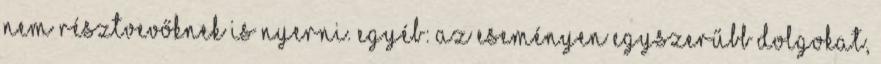
nem résztvevőknek is nyerni. Egyéb: az eseményen egyszerűbb dolgokat,